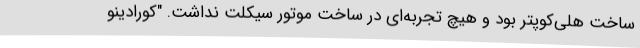
ساخت هلی‌کوپتر بود و هیچ تجربه‌ای در ساخت موتور سیکلت نداشت. "کورادینو